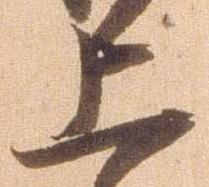
上